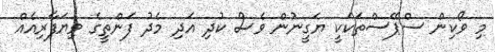
މި ވޯކިން ސްޕޭސްތަކަކީ ޔަގީނުން ވެސް ކުދި އަދި މެދު ފަންތީގެ ވިޔަފާރިއެއް